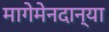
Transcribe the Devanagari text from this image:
मागेमेनदान्या